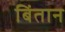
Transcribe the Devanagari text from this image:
बिंतान